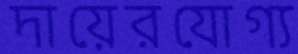
দায়েরযোগ্য